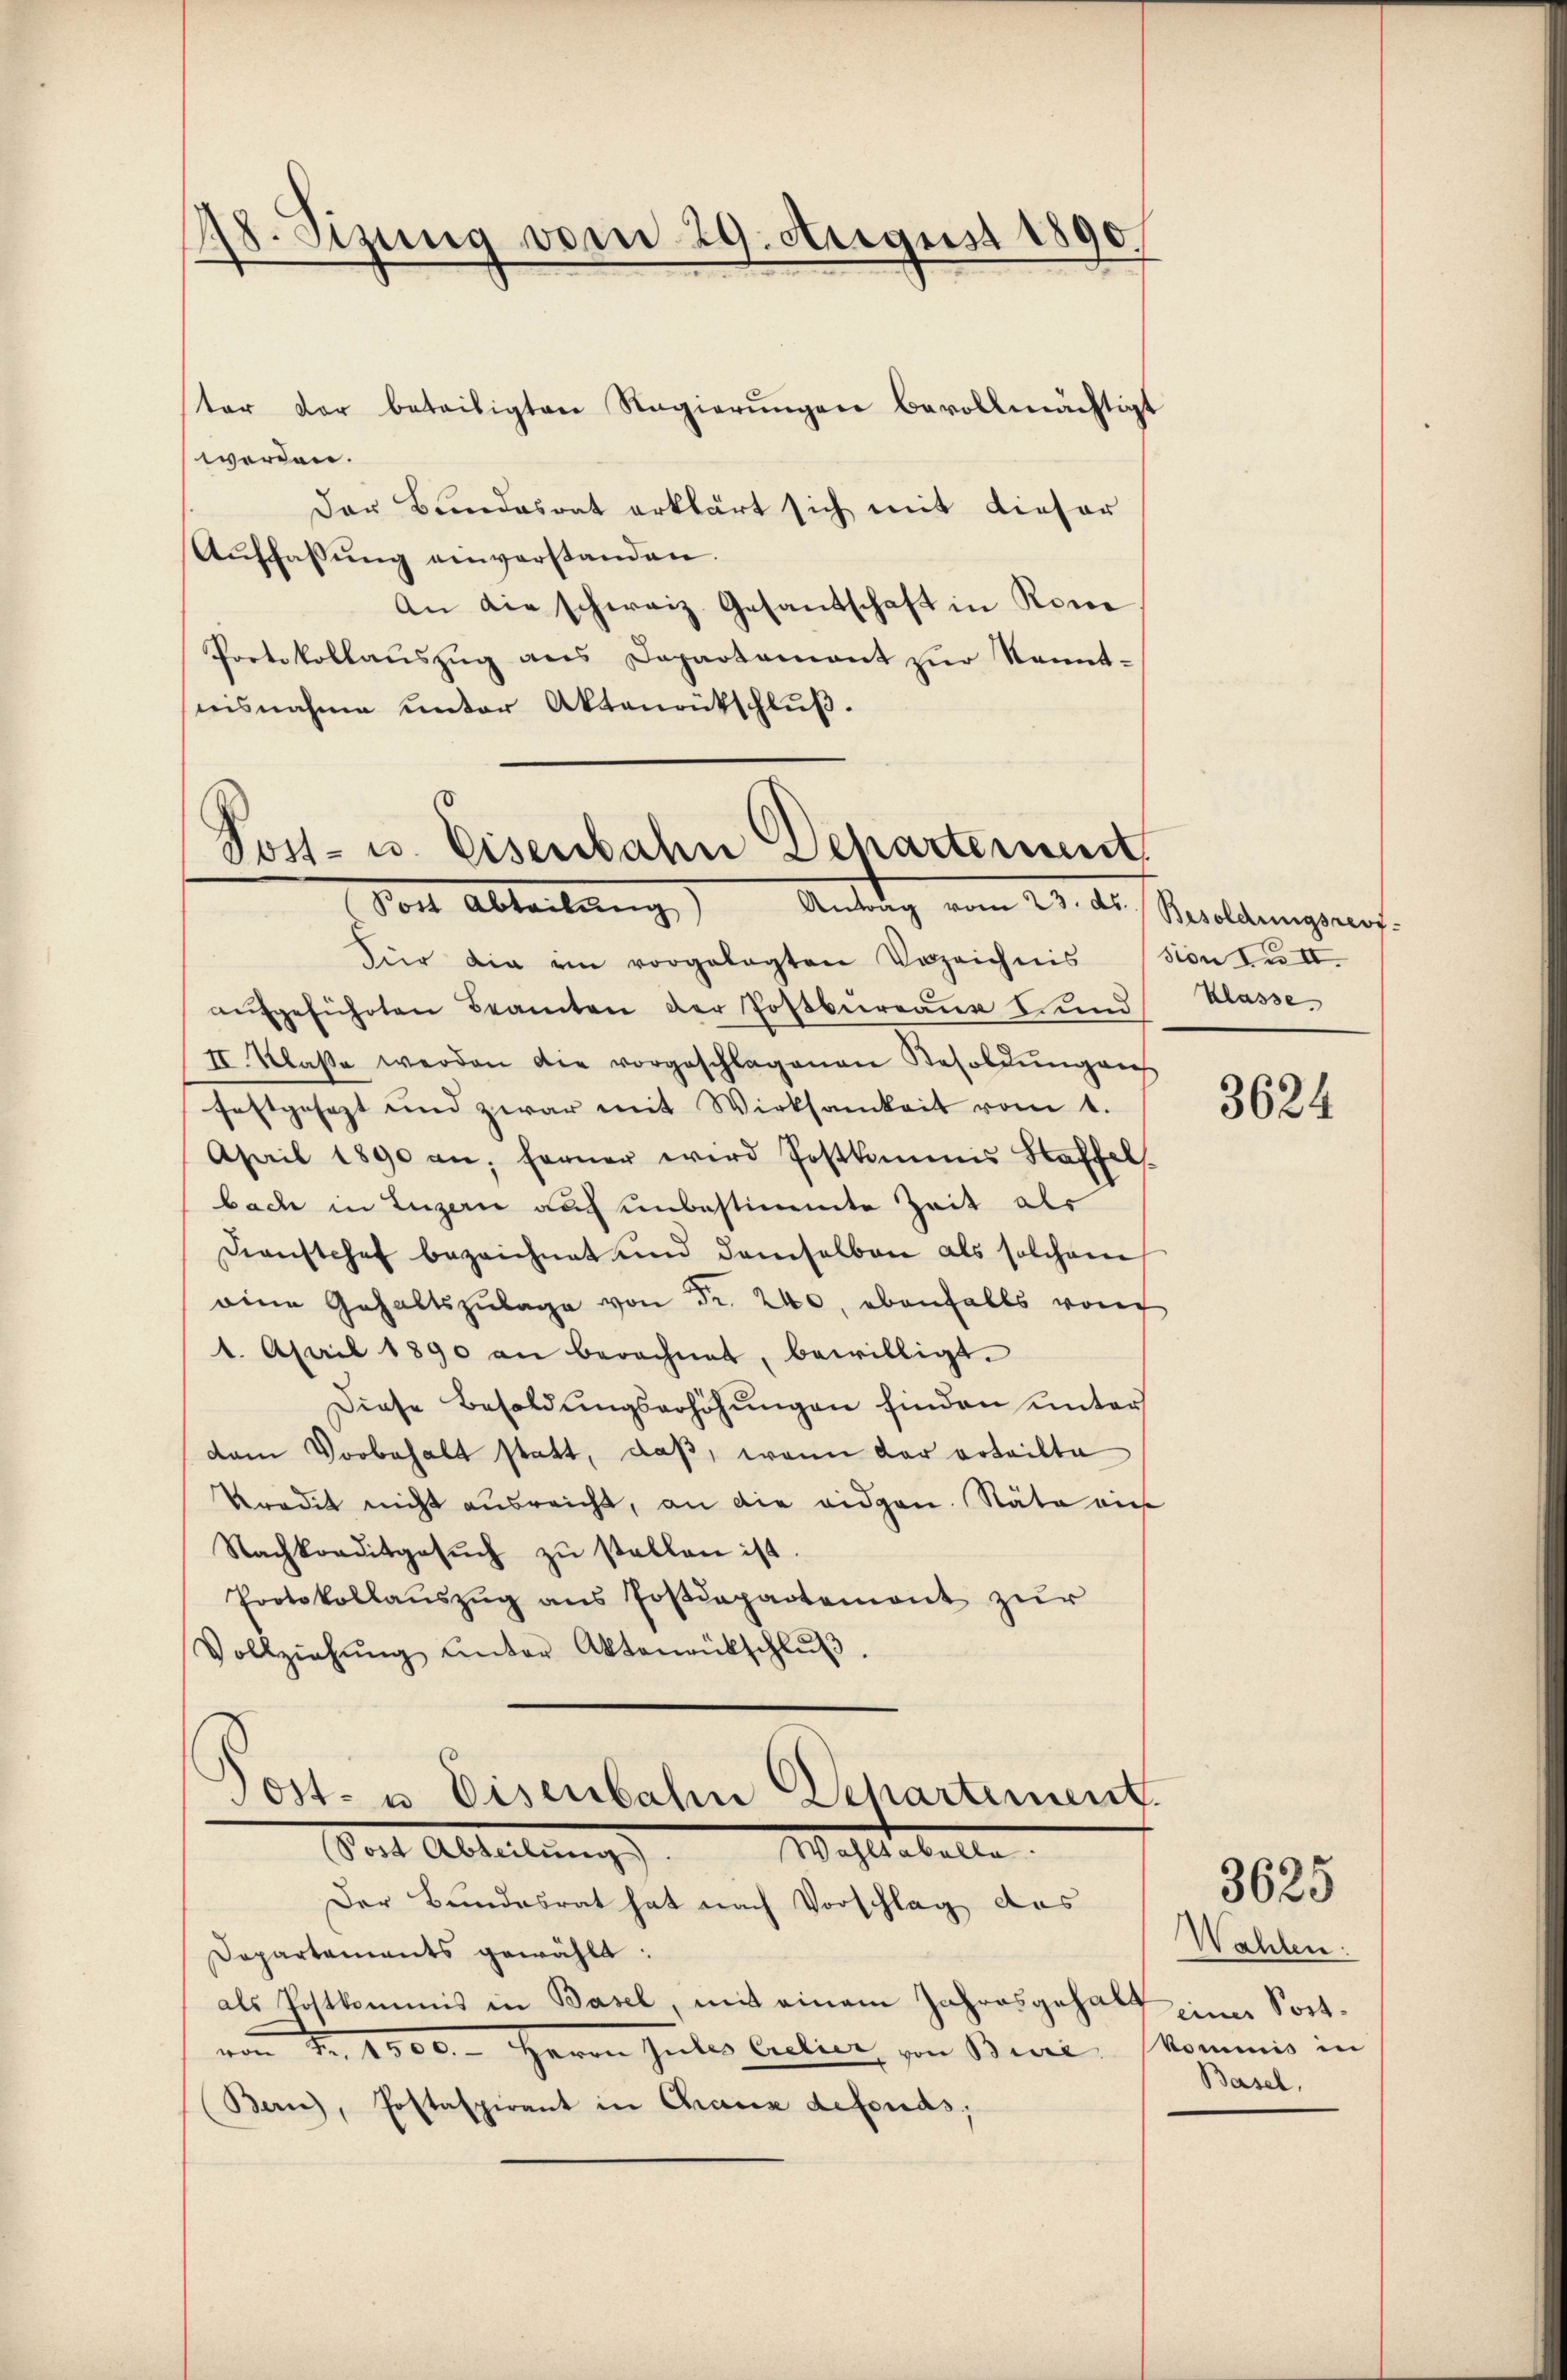
48. Sizung vom 29. August 1890.

ter der beteiligten Ragierŭngen bevollmächtigt
werden.
Der Bundesrat erklärt sich mit dieser
Aŭffassŭng einverstanden.
An die schweiz. Gesandschaft in Rome
Portokollaŭszŭg ans Departamant zur Kennt-
nisnahme unter Aktenrutschluß.

Post- u. Eisenbahn Departement
Vor Abteilung
Antrag vom 23. ds Besoldungsreof-

Für die im vorgelegten Verzeichnission zu II.
aufgeführten Beamten der Postbureau und
II. Klaße werden die vorgeschlagenen Resoldŭng auf
festgesezt und zwar mit Wirksamkeit vom 1.
April 1890 an; ferner wird Postkommis Haffel
bach in Luzern auch unbestimmte Zeit als
Dienstchef bezeichnet und demselben als solchem
eine Gehaltszŭlage von Fr. 240, ebenfalls vorig
1. April 1890 an berechnet, bewilligt.
Diese Besoldŭngserhöhŭngen finden unter
dam Vorbehalt statt, daß, wenn der vrteilte
kredit nicht ausreicht, an die eidgen. Stäte auch
Nachkonditgesŭch zŭ stellen ist.
Protokollaŭszŭg ans Postdepartement zŭr
Vollziehŭng ŭnter Aktenrütschlŭβ

Dapartaments gewählt:
als Postkommnis in Basel, mit einem Jahresgehalt einer Sortvon Fr. 1900. Herrn Zeiles Crelier, von Biere Kommis in
(Bern), Postaspirant in Chaux defonds;

Post- u. Eisenbahn Departement
Borte Abteilung)
Waltabelle
Der Bundesrat hat nach Vorschlag des

Klasse

u

3624

Wahlen:
Basel,

3625